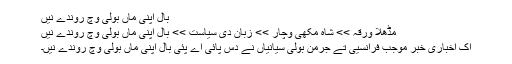
بال اپنی ماں بولی وچ روندے نیں
مُڈھلا ورقہ >> شاہ مُکھی وچار >> زبان دی سیاست >> بال اپنی ماں بولی وچ روندے نیں
اک اخباری خبر موجب فرانسیی تے جرمن بولی سیانیاں نے دس پائی اے پئی بال اپنی ماں بولی وچ روندے نیں۔